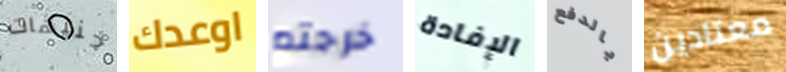
جنيهات اوعدك خرجتم الإفادة بالدفع معتادين